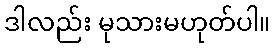
ဒါလည်း မုသားမဟုတ်ပါ။